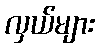
လှယ်များ